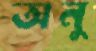
অনু